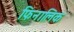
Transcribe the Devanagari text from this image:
फिनालिक